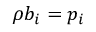
\rho b _ { i } = p _ { i } \,